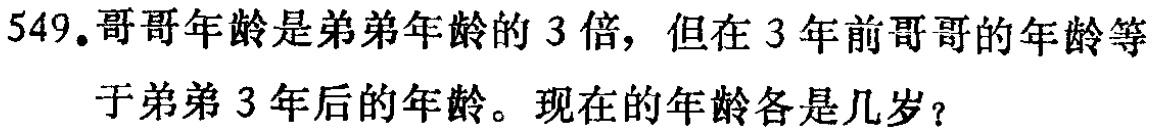
549.哥哥年龄是弟弟年龄的3倍，但在3年前哥哥的年龄等于弟弟3年后的年龄。现在的年龄各是几岁？